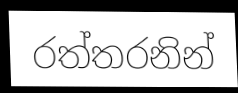
රත්තරනින්